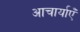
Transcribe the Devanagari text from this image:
आचार्याएँ